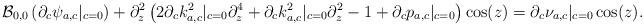
LaTeX: \begin{align*}\mathcal B_{0,0}\left(\partial_c\psi_{a,c}|_{c=0}\right) + \partial_z^2\left( 2\partial_ck_{a,c}^2|_{c=0} \partial_z^4 + \partial_ck_{a,c}^2|_{c=0}\partial_z^2 - 1 + \partial_cp_{a,c}|_{c=0}\right)\cos(z) = \partial_c\nu_{a,c}|_{c=0}\cos(z).\end{align*}